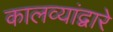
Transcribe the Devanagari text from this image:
कालव्यांद्वारे